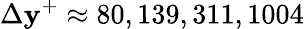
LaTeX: \Delta\mathbf{y}^{+}\approx80,139,311,1004